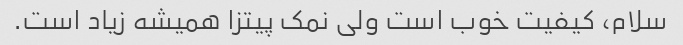
سلام، کیفیت خوب است ولی نمک پیتزا همیشه زیاد است.